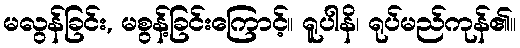
မလွန်ခြင်း, မစွန့်ခြင်းကြောင့်။ ရူပါနိ၊ ရုပ်မည်ကုန်၏။